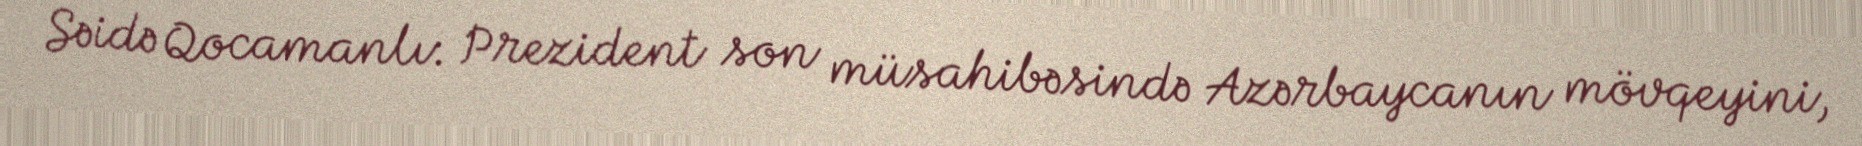
Səidə Qocamanlı: Prezident son müsahibəsində Azərbaycanın mövqeyini,